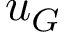
u _ { G }